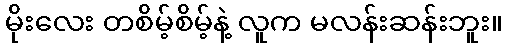
မိုးလေး တစိမ့်စိမ့်နဲ့ လူက မလန်းဆန်းဘူး။